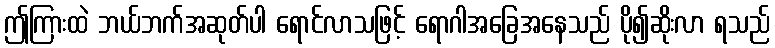
ဤကြားထဲ ဘယ်ဘက်အဆုတ်ပါ ရောင်လာသဖြင့် ရောဂါအခြေအနေသည် ပို၍ဆိုးလာ ရသည်